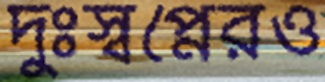
দুঃস্বপ্নেরও